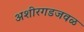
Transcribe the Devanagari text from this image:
अशीरगडजवळ